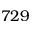
7 2 9